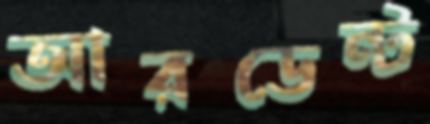
আরডেন্ট